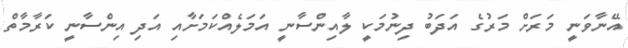
އޭނާވަނީ މަރަށް މަރުގެ އަދަބު ދިނުމަކީ ލާއިންސާނީ އަމަލެއްކަމަށާއި އަދި އިންސާނީ ކަރާމާތް